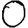
Digit: 0